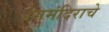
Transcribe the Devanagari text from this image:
रंगमंदिराचे